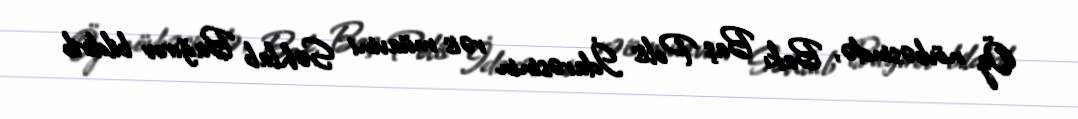
Öz növbəsində, Bakı Baş Polis İdarəsinin rəis müavini Səhlab Bağırov bildirib